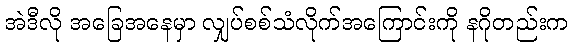
အဲဒီလို အခြေအနေမှာ လျှပ်စစ်သံလိုက်အကြောင်းကို နဂိုတည်းက